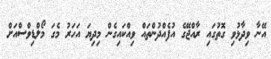
އޭނާ ވިދާޅުވި ގޮތުގައި ރާއްޖޭގެ އުފެއްދުންތައް ވިއްކައިގެން މިދިޔަ އަހަރު މެގަ މޯލްޑިވްސްއަށް